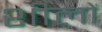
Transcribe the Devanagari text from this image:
शीलों